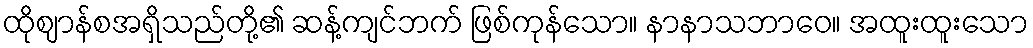
ထိုဈာန်စအရှိသည်တို့၏ ဆန့်ကျင်ဘက် ဖြစ်ကုန်သော။ နာနာသဘာဝေ။ အထူးထူးသော